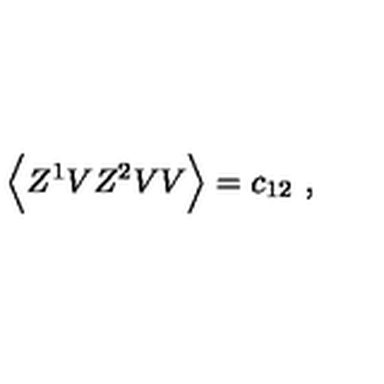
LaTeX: \Big \langle Z ^ { 1 } V Z ^ { 2 } V V \Big \rangle = c _ { 1 2 } \ ,